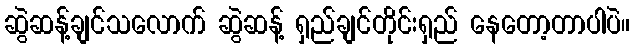
ဆွဲဆန့်ချင်သလောက် ဆွဲဆန့် ရှည်ချင်တိုင်းရှည် နေတော့တာပါပဲ။